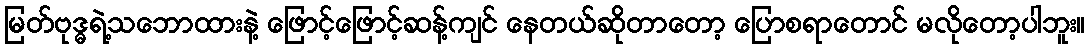
မြတ်ဗုဒ္ဓရဲ့သဘောထားနဲ့ ဖြောင့်ဖြောင့်ဆန့်ကျင် နေတယ်ဆိုတာတော့ ပြောစရာတောင် မလိုတော့ပါဘူး။